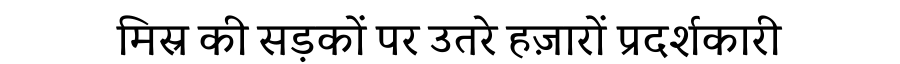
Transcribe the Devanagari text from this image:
मिस्र की सड़कों पर उतरे हज़ारों प्रदर्शकारी